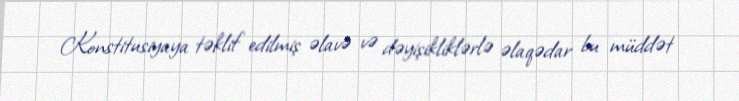
Konstitusiyaya təklif edilmiş əlavə və dəyişikliklərlə əlaqədar bu müddət